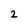
Character: 2